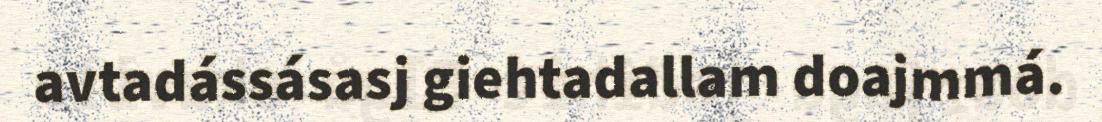
avtadássásasj giehtadallam doajmmá.